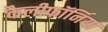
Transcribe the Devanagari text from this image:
कैलीफॉर्निया